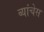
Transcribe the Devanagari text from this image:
ब्यांचेस